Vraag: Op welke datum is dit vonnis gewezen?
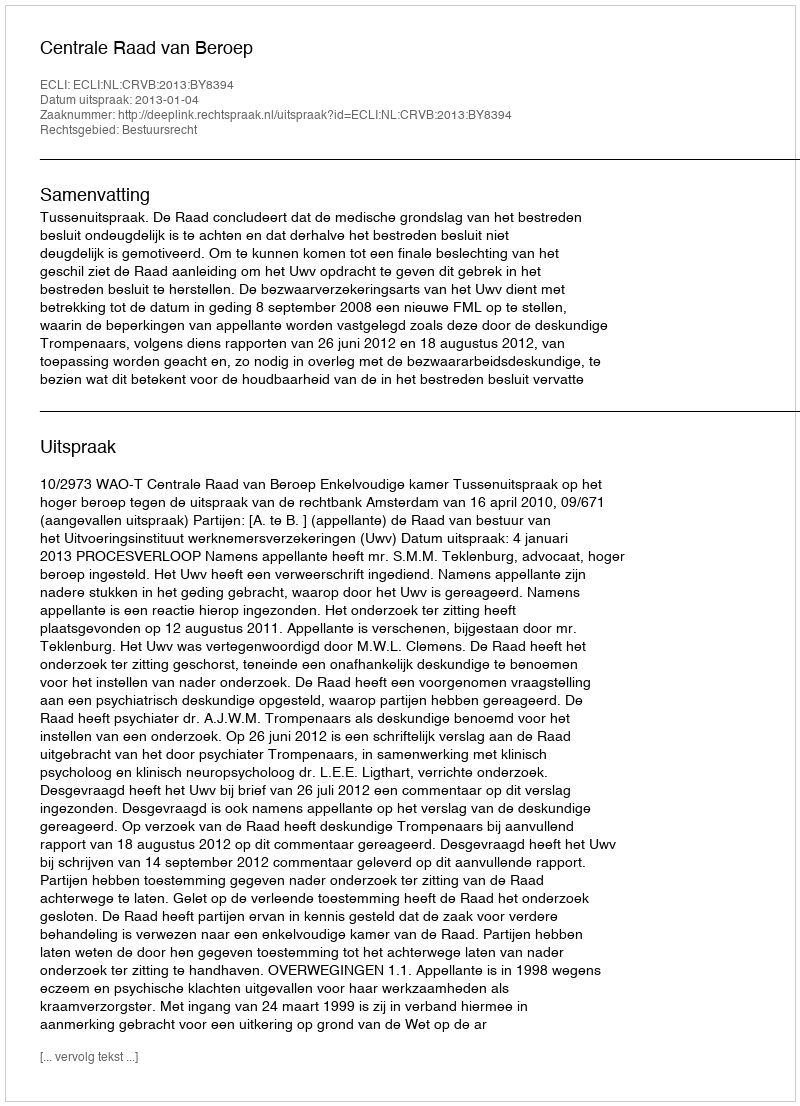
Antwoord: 2013-01-04